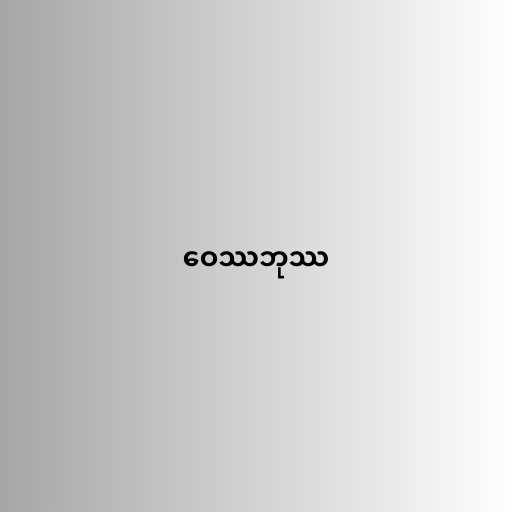
ဝေဿဘုဿ